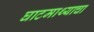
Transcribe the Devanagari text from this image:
घाटमाथ्याचा